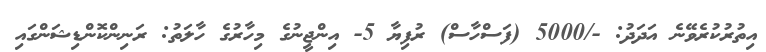
އިތުރުކުރެވޭނެ އަދަދު: -/5000 (ފަސްހާސް) ރުފިޔާ 5- އިންޖީނުގެ މިހާރުގެ ހާލަތު: ރަނިންކޮންޑިޝަންގައި